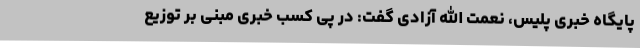
پایگاه خبری پلیس، نعمت الله آزادی گفت: در پی کسب خبری مبنی بر توزیع